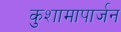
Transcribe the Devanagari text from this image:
कुशामापार्जन